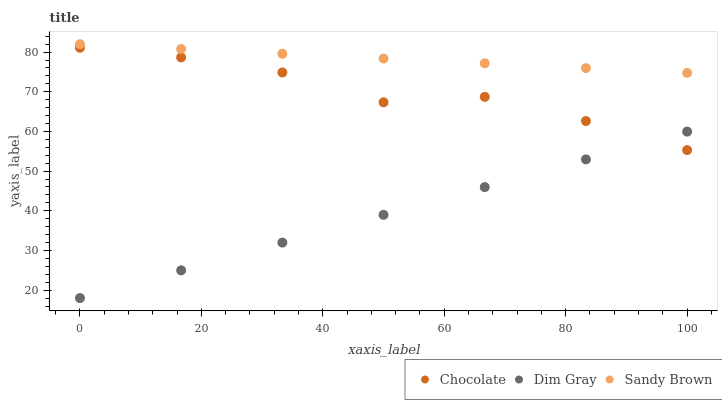
| xaxis_label | Chocolate | Dim Gray | Sandy Brown |
 | --- | --- | --- | --- |
 | 0 | 81.1 | 18 | 82 |
 | 16.7 | 78.7 | 25 | 80.8 |
 | 33.3 | 74.9 | 32 | 79.6 |
 | 50 | 67.4 | 39 | 78.4 |
 | 66.7 | 68.7 | 46 | 77.2 |
 | 83.3 | 62.6 | 53 | 76 |
 | 100 | 55.3 | 60 | 74.8 |